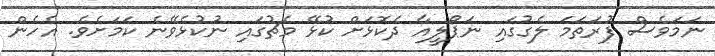
ނަމަވެސް ފުރަތަމަ ލެގުގައި ނަޕޯލީއާ ދެކޮޅަށް ކުޅޭ މެޗުގައި ނުކުޅެވޭނެ ކަމަށެވެ. އެހެން